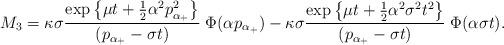
LaTeX: \begin{align*}M_{3} = \kappa \sigma \frac{\exp\big\{ \mu t + \frac{1}{2}\alpha^{2}p_{\alpha_{+}}^{2} \big\}}{(p_{\alpha_{+}} - \sigma t)} \;\Phi(\alpha p_{\alpha_{+}})- \kappa \sigma \frac{\exp\big\{ \mu t + \frac{1}{2}\alpha^{2}\sigma^{2} t^{2} \big\}}{(p_{\alpha_{+}} - \sigma t)} \; \Phi(\alpha \sigma t).\end{align*}